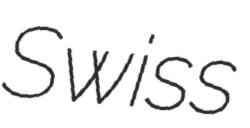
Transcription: Swiss